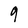
Character: 9